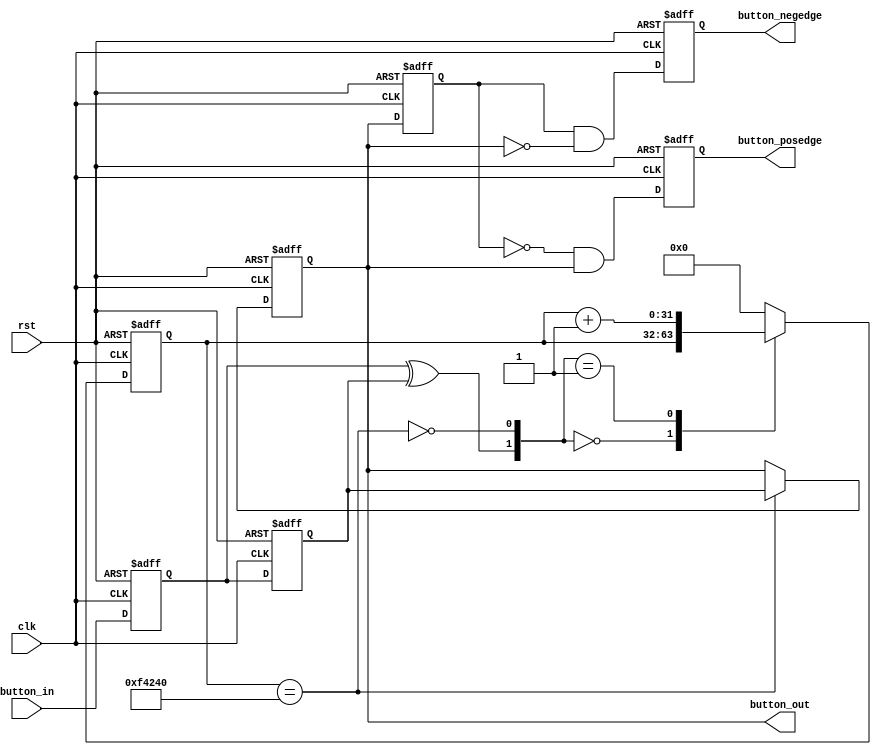
//
`timescale 1 ns / 100 ps
module  ax_debounce 
(
    input       clk,
    input       rst,//rest
    input       button_in,
    output reg  button_posedge,
    output reg  button_negedge,
    output reg  button_out
);

//
parameter N = 32 ;//
parameter FREQ = 50;//MHz 50MHz20ns
parameter MAX_TIME = 20;//ms
localparam TIMER_MAX_VAL =   MAX_TIME * 1000 * FREQ;//MAX_TIME(20ms

//
reg  [N-1 : 0]  q_reg;//*
reg  [N-1 : 0]  q_next;//1.2.+13.
reg DFF1, DFF2;//
wire q_add;
wire q_reset;
reg button_out_d0;//

//
assign q_reset = (DFF1  ^ DFF2);          //
assign q_add = ~(q_reg == TIMER_MAX_VAL);//q_addq_reg
    
//
always @ ( q_reset, q_add, q_reg)
begin
    case( {q_reset , q_add})
        2'b00 :
                q_next <= q_reg;
        2'b01 :
                q_next <= q_reg + 1;
        default :
                q_next <= { N {1'b0} };
    endcase     
end

//1.2.always
always @ ( posedge clk or posedge rst)
begin
    if(rst == 1'b1)
    begin
        DFF1 <= 1'b0;
        DFF2 <= 1'b0;
        q_reg <= { N {1'b0} };
    end
    else
    begin
        DFF1 <= button_in;
        DFF2 <= DFF1;
        q_reg <= q_next;
    end
end

//
always @ ( posedge clk or posedge rst)
begin
//
	if(rst == 1'b1)
		button_out <= 1'b1;
//outDFF2
	else if(q_reg == TIMER_MAX_VAL)
        button_out <= DFF2;
	else
        button_out <= button_out;
end

//
always @ ( posedge clk or posedge rst)
begin
//
	if(rst == 1'b1)
	begin
		button_out_d0 <= 1'b1;
		button_posedge <= 1'b0;
		button_negedge <= 1'b0;
	end
//1.button_out_d02.out_d0out
//posneg0
	else
	begin
		button_out_d0 <= button_out;
		button_posedge <= ~button_out_d0 & button_out;
		button_negedge <= button_out_d0 & ~button_out;
	end	
end
endmodule